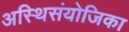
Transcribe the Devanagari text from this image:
अस्थिसंयोजिका